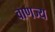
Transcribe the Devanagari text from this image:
वाणज्य